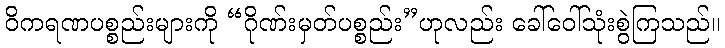
ဝိကရဏပစ္စည်းများကို “ဂိုဏ်းမှတ်ပစ္စည်း”ဟုလည်း ခေါ်ဝေါ်သုံးစွဲကြသည်။